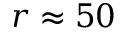
r \approx 5 0